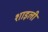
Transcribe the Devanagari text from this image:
शाइली